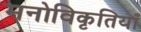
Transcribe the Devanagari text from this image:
मनोविकृतियाँ